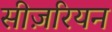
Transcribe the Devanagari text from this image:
सीज़रियन